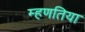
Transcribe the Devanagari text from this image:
म्हणतिया